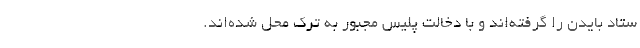
ستاد بایدن را گرفته‌اند و با دخالت پلیس مجبور به ترک محل شده‌اند.